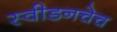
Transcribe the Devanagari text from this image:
स्वीडनचेच